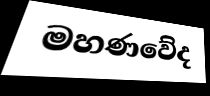
මහණවේද